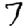
Digit: 7